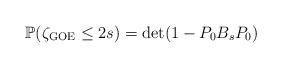
LaTeX: \begin{align*} \mathbb{P}( \zeta_{\rm GOE} \leq 2s) = \det (1 - P_0B_sP_0) \end{align*}